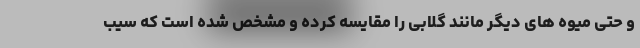
و حتی میوه های دیگر مانند گلابی را مقایسه کرده و مشخص شده است که سیب